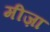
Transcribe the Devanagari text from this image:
मीज़ा